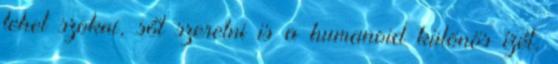
lehet szokni, sőt szeretni is a humanoid különös ízét,